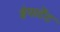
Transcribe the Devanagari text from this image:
इंपाटेंट